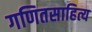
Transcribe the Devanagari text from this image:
गणितसाहित्य